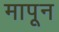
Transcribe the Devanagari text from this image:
मापून